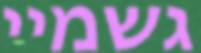
גשמיי